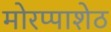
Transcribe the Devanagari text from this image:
मोरप्पाशेठ